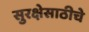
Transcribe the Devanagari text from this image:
सुरक्षेसाठीचे